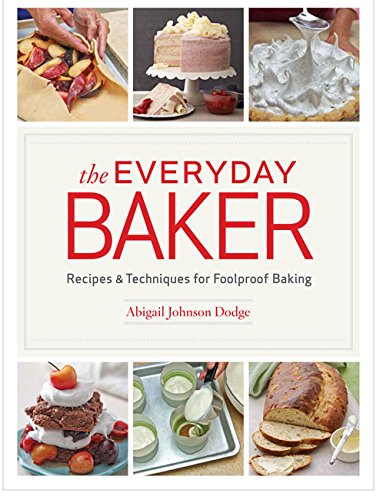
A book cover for The Everyday Baker: Recipes and Techniques for Foolproof Baking; Abigail Johnson Dodge; Cookbooks, Food & Wine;